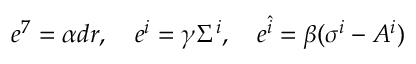
e ^ { 7 } = \alpha d r , \quad e ^ { i } = \gamma \Sigma ^ { i } , \quad e ^ { \hat { i } } = \beta ( \sigma ^ { i } - A ^ { i } )